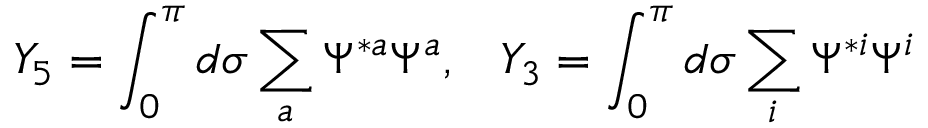
Y _ { 5 } = \int _ { 0 } ^ { \pi } d \sigma \sum _ { a } \Psi ^ { * a } \Psi ^ { a } , \, \, \, \, \, Y _ { 3 } = \int _ { 0 } ^ { \pi } d \sigma \sum _ { i } \Psi ^ { * i } \Psi ^ { i }